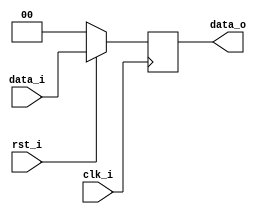
module Pipeline_Reg( clk_i, rst_i, data_i, data_o);
input clk_i, rst_i;
input [size-1:0] data_i;
output reg [size-1:0] data_o;  

//Internal signals/registers           
parameter size = 0;

//Writing data when postive edge clk_i
always @(posedge clk_i) begin
	if (~rst_i)
		data_o <= 0;
	else
		data_o <= data_i;
end

endmodule